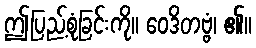
ဤပြည့်စုံခြင်းကို။ ဝေဒိတဗ္ဗံ၊ ၏။